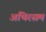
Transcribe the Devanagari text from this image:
अथिरसम